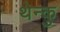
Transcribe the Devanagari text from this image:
थेन्कु